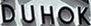
DUHOK